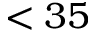
< 3 5